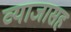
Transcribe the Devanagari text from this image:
व्याजासह